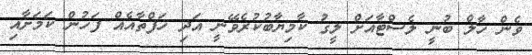
ވެން ހާލް ބުނީ ލެސްޓާއަށް ލީގު ކާމިޔާބުކުރެވޭނީ އަދި ހަފްތާއެއް ފަހުން ކަމަށާއި